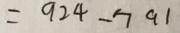
= 9 2 4 - 7 9 1